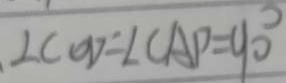
\angle C O D = \angle C A P = 9 0 ^ { \circ }